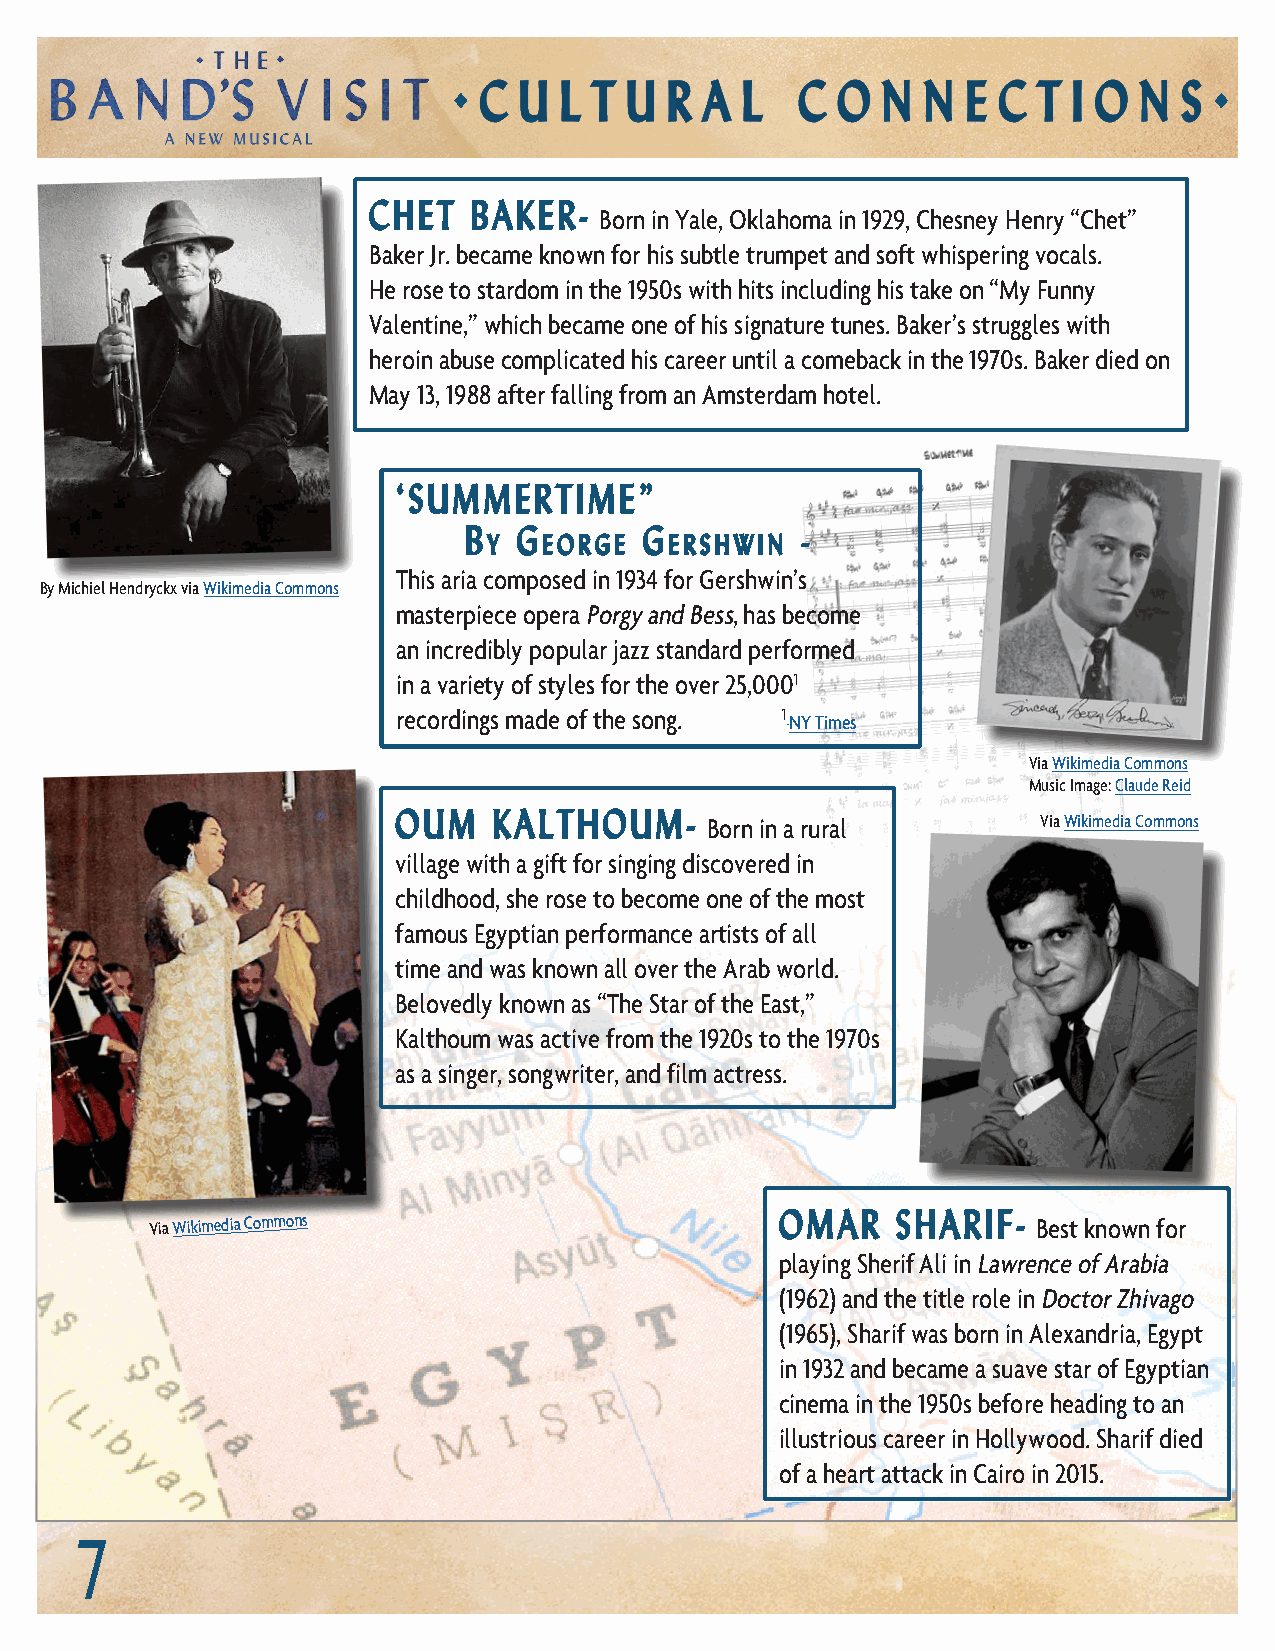
.                                                 .
 C U  L T U  R  A L   C O  N  N  E C  T I O N  S
 CHET   BAKER-
 Born in Yale, Oklahoma in 1929, Chesney Henry “Chet”
 Baker Jr. became known for his subtle trumpet and soft whispering vocals.
 He rose to stardom in the 1950s with hits including his take on “My Funny
 Valentine,” which became one of his signature tunes. Baker’s struggles with
 heroin abuse complicated his career until a comeback in the 1970s. Baker died on
 May 13, 1988 after falling from an Amsterdam hotel.
 ‘SUMMERTIME”
 B  G        G         -
 y   eorGe   ershwin
 This aria composed in 1934 for Gershwin’s
 By Michiel Hendryckx via Wikimedia Commons
 masterpiece opera Porgy and Bess, has become
 an incredibly popular jazz standard performed
 in a variety of styles for the over 25,0001
 recordings made of the song. 1
 NY Times
 Via Wikimedia Commons
 Music Image: Claude Reid
 OUM    KALTHOUM-     Born in a rural       Via Wikimedia Commons
 village with a gift for singing discovered in
 childhood, she rose to become one of the most
 famous Egyptian performance artists of all
 time and was known all over the Arab world.
 Belovedly known as “The Star of the East,”
 Kalthoum was active from the 1920s to the 1970s
 as a singer, songwriter, and film actress.
 Via Wikimedia Commons                     OMAR   SHARIF-   Best known for
 playing Sherif Ali in Lawrence of Arabia
 (1962) and the title role in Doctor Zhivago
 (1965), Sharif was born in Alexandria, Egypt
 in 1932 and became a suave star of Egyptian
 cinema in the 1950s before heading to an
 illustrious career in Hollywood. Sharif died
 of a heart attack in Cairo in 2015.
 7